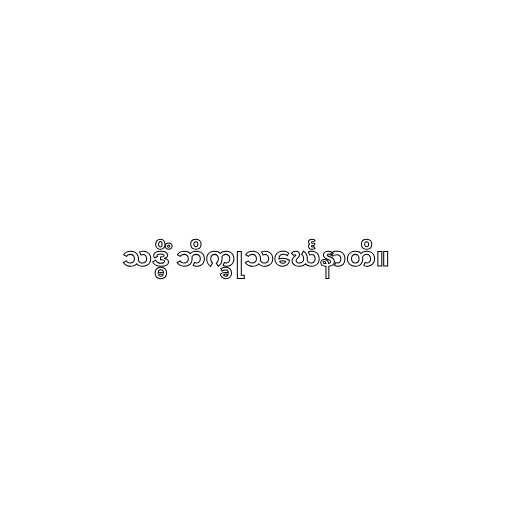
သဒ္ဓိံ ဘိက္ခုသင်္ဃေနာတိ။